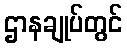
ဌာနချုပ်တွင်